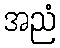
အညံ